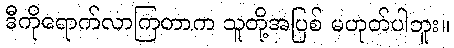
ဒီကိုရောက်လာကြတာက သူတို့အပြစ် မဟုတ်ပါဘူး။